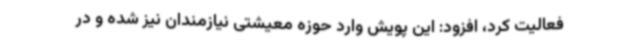
فعالیت کرد، افزود: این پویش وارد حوزه معیشتی نیازمندان نیز شده و در